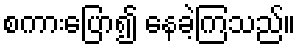
စကားပြော၍ နေခဲ့ကြသည်။